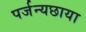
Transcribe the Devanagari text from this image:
पर्जन्यछाया